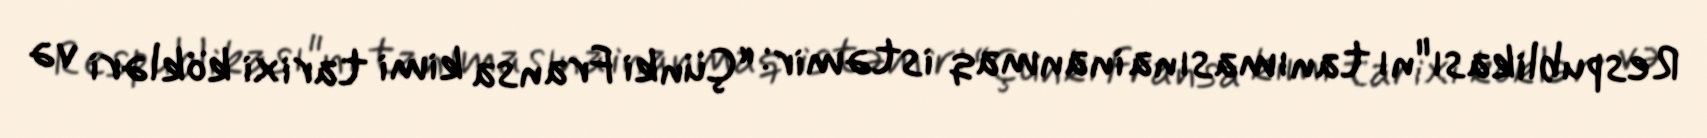
Respublikası"nı tanımasına inanmaq istəmir: “Çünki Fransa kimi tarixi kökləri və